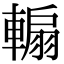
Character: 䡪